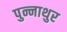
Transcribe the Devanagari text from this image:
पुन्नाथुर